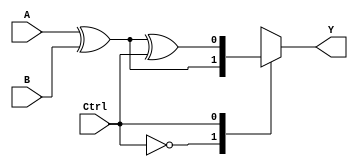
module ALU(input wire A, B, Ctrl,
           output wire Y);

    wire sum, diff, and_out, or_out, xor_out;

    assign sum = A ^ B;
    assign diff = A ^ B ^ Ctrl;
    assign and_out = A & B;
    assign or_out = A | B;
    assign xor_out = A ^ B;

    always @ (Ctrl)
    begin
        case(Ctrl)
            3'b000: Y = sum;   // Addition
            3'b001: Y = diff;  // Subtraction
            3'b010: Y = and_out;  // AND
            3'b011: Y = or_out;  // OR
            3'b100: Y = xor_out;  // XOR
            3'b101: Y = ~A;  // NOT
            default: Y = 1'b0;  // Default value
        endcase
    end

endmodule